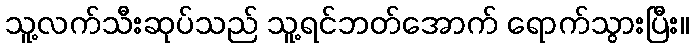
သူ့လက်သီးဆုပ်သည် သူ့ရင်ဘတ်အောက် ရောက်သွားပြီး။